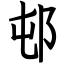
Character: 邨